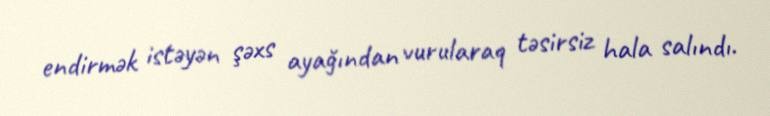
endirmək istəyən şəxs ayağından vurularaq təsirsiz hala salındı.